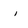
Character: i